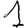
Digit: 1